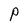
Character: P